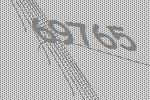
69765